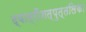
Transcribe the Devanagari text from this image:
द्वात्रींशत्पुत्तलिका